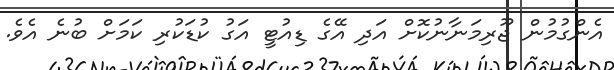
އެންގުމުން ޖޫރިމަނާނުކޮށް އަދި އޭގެ ޑިއުޓީ އަގު ކުޑަކުރި ކަމަށް ބުނެ އެވެ.